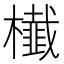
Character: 㰇